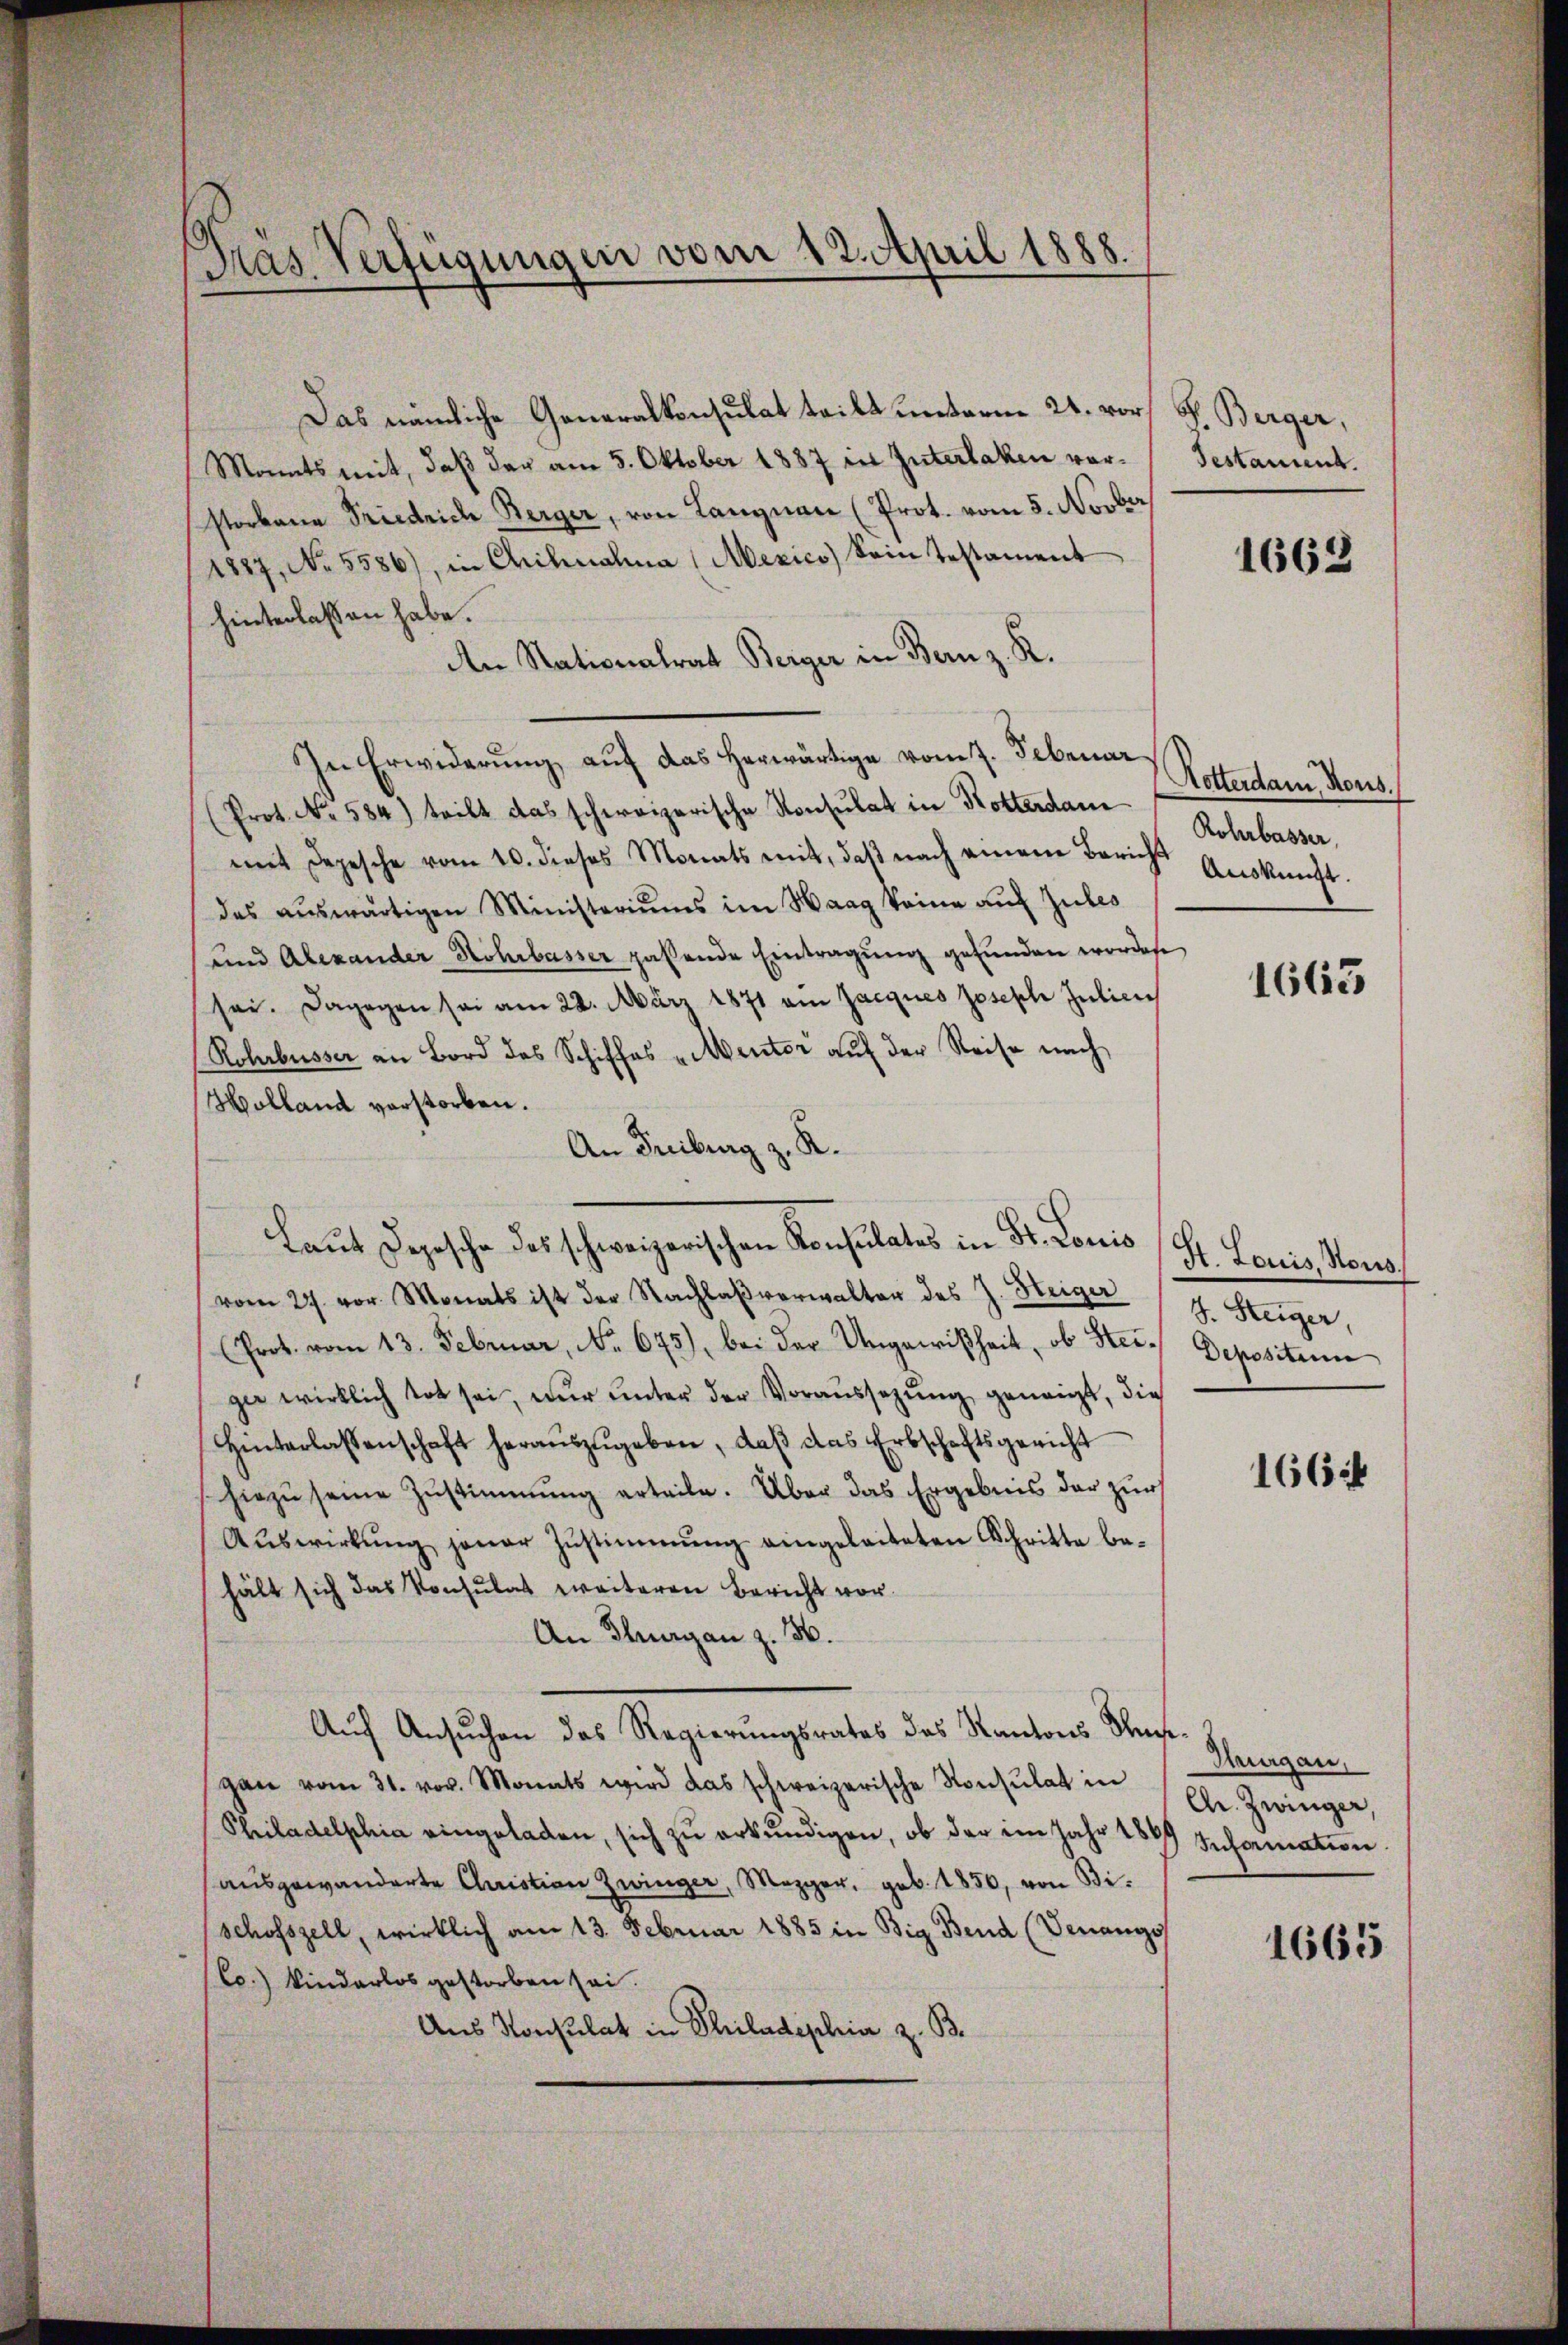
Tras Verfügungen vom 12. April 1888.

Das nämliche Generalkonsulat teilt unterm 21. vor F. Berger,
Monats mit, daß der am 5. Oktober 1887 in Interlaken vorstorbene Friedriche Berger, von Langnau (Prot. vom 5. Novbr
1887, No. 5586), in Chiknalna (Mexico) kein Testament
hinterlassen habe.
An Nationalrat Berger in Bern z. R.
In Erwiderŭng aŭf das herwärtige vom 7. Februar
Prot. No. 584) teilt das schweizerische Konsulat in Kotterdam
mit Depesche vom 10. dieses Monats mit, daβ nach einem Bericht
des aŭswärtigen Ministeriums im Haag keine auf Zules
und Alexander Hohrbasser paßende Eintragung gefunden worden
sei. Dagegen sei am 22. März 1871 am Zacques Joseph Julien
Rohrbüsser an Bord des Schiffes „Menter auf der Reise nach
Holland verstorben.
An Freiburg z. K.
d
Laŭt Depesche des schweizerischen Konsulates in St. Louis
vom 27. vor. Monats ist der Nachlaβ verwalter des J. Steiger
(Prot. vom 13. Februar, No. 675), bei der Ungewißheit, ob Her- Deposita
gie wirklich tot sei, nur unter der Voraussezung geneigt, die
Hinterlassenschaft heraŭszŭgeben, daβ das Erbschaftsgericht
hiezŭ seine Zustimmung erteile. Aber das Ergebnis der zur
Aŭswirkŭng jener Zŭstimmung eingeleiteten Schritte be-
hält sich das Konsulat weiteren Bericht vor
An Thurgan z. 56.
Auf Ansuchen das Regierungsrates des Kantons Ungegan vom 31. vor. Monats wird das schweizerische Konsulat in
Philadelphia eingeladen, sich zŭ erkŭndigen, ob der im Jahr 1889 Information.
ausgewanderte Christian Zwinger, Mezger, geb. 1850, von Bischofszell, wirklich am 13. Februar 1885 in Big Bend (Venangos
Co.) Kinderlos gestorben sei.
Aus Konsulat in Philadephia z. B.

Testament.

1662

Notterdam, Honis.
Rohrbasser,
Auskunft.

1663

H. Louis, Nous.
S. Steiger,

1664

Huurgau,
Gr. Zwinger,

1665